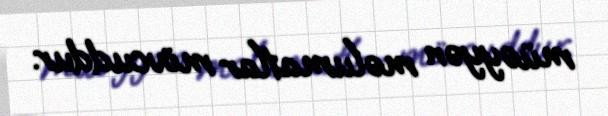
müəyyən məlumatlar mövcuddur.